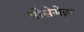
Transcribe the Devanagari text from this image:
प्रोसेसेज़